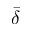
\bar { \delta }